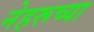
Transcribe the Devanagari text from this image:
नेहरूच्या